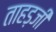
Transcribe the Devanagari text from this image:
ताहड़जी